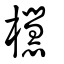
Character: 櫘